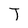
Character: T